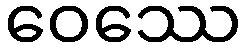
ဝေဿေ